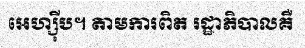
អេហ្ស៊ីប។ តាមការពិត រដ្ឋាភិបាលគឺ